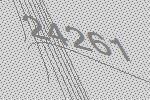
24261